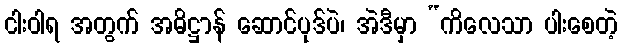
ငါးဝါရ အတွက် အဓိဋ္ဌာန် ဆောင်ပုဒ်ပဲ၊ အဲဒီမှာ “ကိလေသာ ပါးစေတဲ့